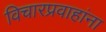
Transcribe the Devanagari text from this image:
विचारप्रवाहांना